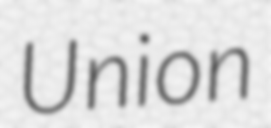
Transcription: Union